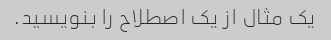
یک مثال از یک اصطلاح را بنویسید.